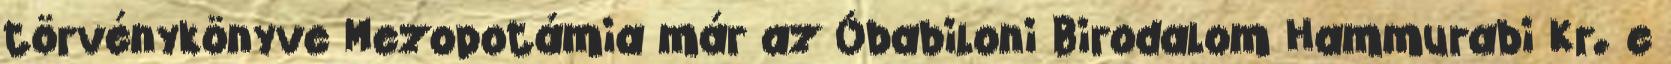
törvénykönyve Mezopotámia már az Óbabiloni Birodalom Hammurabi Kr. e